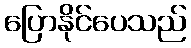
ပြောနိုင်ပေသည်